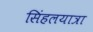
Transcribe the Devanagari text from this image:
सिंहलयात्रा